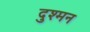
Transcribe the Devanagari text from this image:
दुश्‍मन